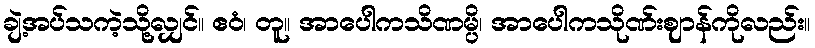
ချဲ့အပ်သကဲ့သို့လျှင်။ ဧဝံ၊ တူ။ အာပေါကသိဏမ္ပိ၊ အာပေါကသိုဏ်းဈာန်ကိုလည်း။